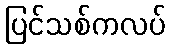
ပြင်သစ်ကလပ်